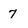
Character: 7